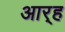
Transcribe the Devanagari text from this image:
आर्‍ह